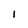
Character: I